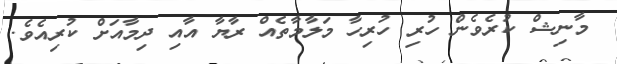
މާނިޝް ކުރެވެން ހުރި ހުރިހާ މަލާމާތެއް ރާޔާ އާއި ދިމާއަށް ކުރިއެވެ.